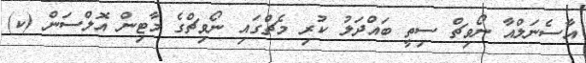
އާސެނަލްއާ ނޯވިޗް ސިތީ ބައްދަލު ކުރި މެޗްގައި ނޯވިޗްގެ މާޓިން އޮލްސަން (ކ)